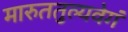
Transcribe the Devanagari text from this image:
मारुततुल्यवेगं